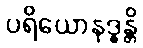
ပရိယောနဒ္ဓန္တိ